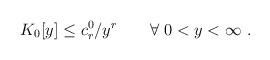
LaTeX: \begin{align*}K_0[y] \leq c^0_r/ y^r \qquad \forall ~0 < y < \infty~.\end{align*}